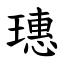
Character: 璤